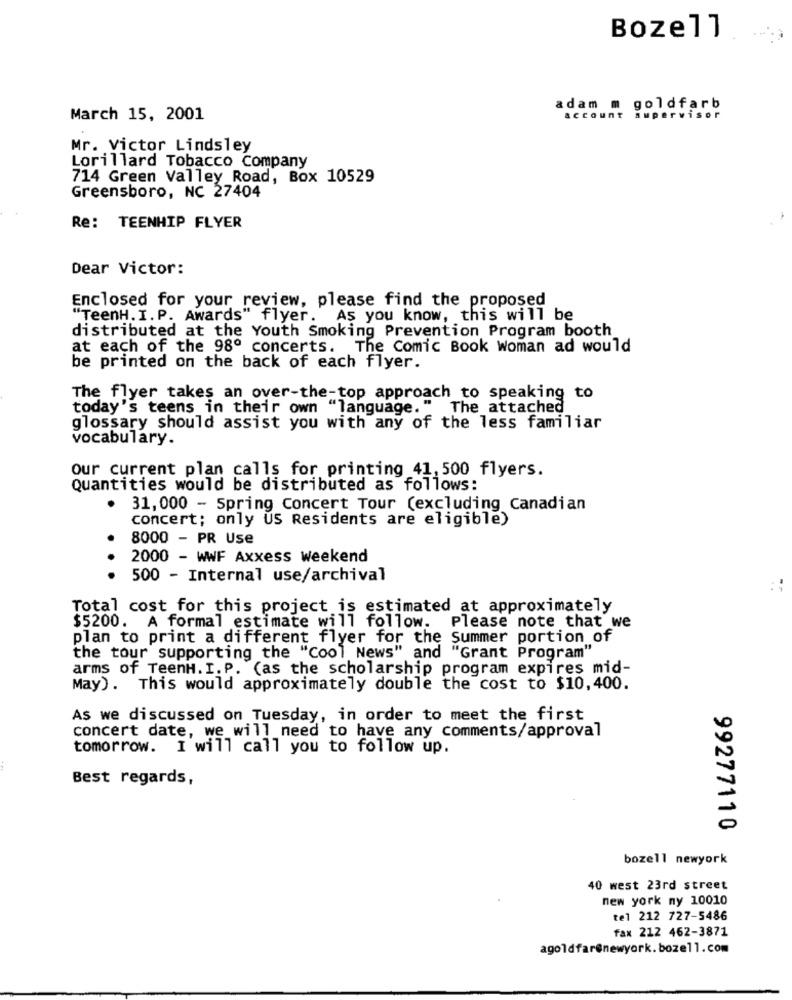
Bozell
adam m goldfarb
March 15, 2001
account supervisor
Mr. Victor Lindsley
Lorillard Tobacco Company
714 Green Valley Road, Box 10529
Greensboro, NC 27404
Re: TEENHIP FLYER
Dear Victor:
Enclosed for your review, please find the proposed
"TeenH. I. P. Awards" flyer.
As you know, this will be
distributed at the Youth Smoking Prevention Program booth
at each of the 98º concerts. The Comic Book Woman ad would
be printed on the back of each flyer.
The flyer takes an over-the-top approach to speaking to
today's teens in their own "language." The attached
glossary should assist you with any of the less familiar
vocabulary.
our current plan calls for printing 41, 500 flyers.
Quantities would be distributed as follows:
. 31,000 - Spring Concert Tour (excluding Canadian
concert; only US Residents are eligible)
8000 - PR Use
2000 - WWF Axxess Weekend
500 - Internal use/archival
::
Total cost for this project is estimated at approximately
$5200. A formal estimate will follow.
Please note that we
plan to print a different flyer for the summer portion of
the tour supporting the "Cool News" and "Grant Program"
arms of TeenH. I.P. (as the scholarship program expires mid-
May). This would approximately double the cost to $10,400.
As we discussed on Tuesday, in order to meet the first
concert date, we will need to have any comments/approval
tomorrow. I will call you to follow up.
Best regards,
99277110
bozell newyork
40 west 23rd street
new york ny 10010
tel 212 727-5486
fax 212 462-3871
agoldfar@newyork.bozell.com